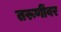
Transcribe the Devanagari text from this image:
तरूणींवर